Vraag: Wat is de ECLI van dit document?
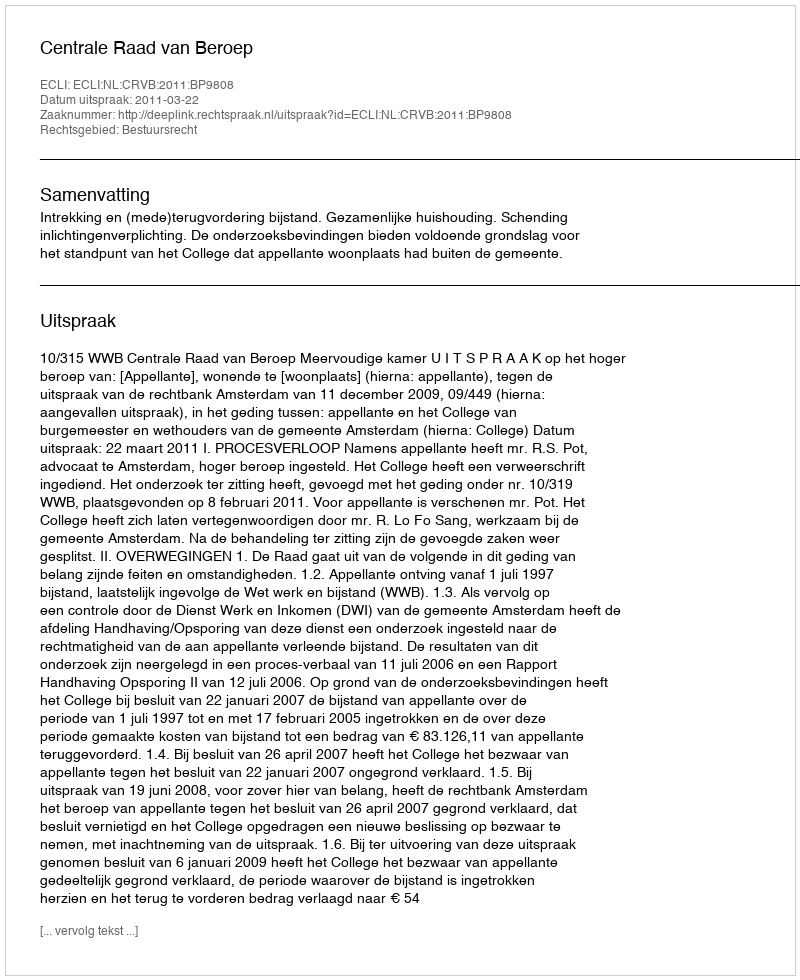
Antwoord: ECLI:NL:CRVB:2011:BP9808